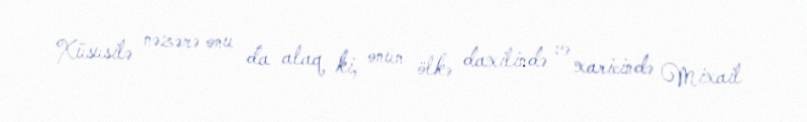
Xüsusilə nəzərə onu da alaq ki, onun ölkə daxilində və xaricində Mixail